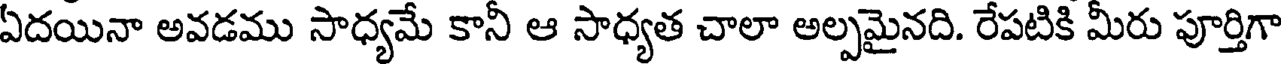
ఏదయినా అవడము సాధ్యమే కానీ ఆ సాధ్యత చాలా అల్పమైనది. రేపటికి మీరు పూర్తిగా